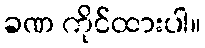
ခဏ ကိုင်ထားပါ။